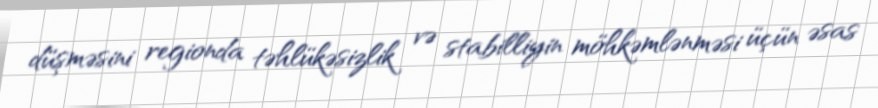
düşməsini regionda təhlükəsizlik və stabilliyin möhkəmlənməsi üçün əsas